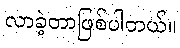
လာခဲ့တာဖြစ်ပါတယ်။